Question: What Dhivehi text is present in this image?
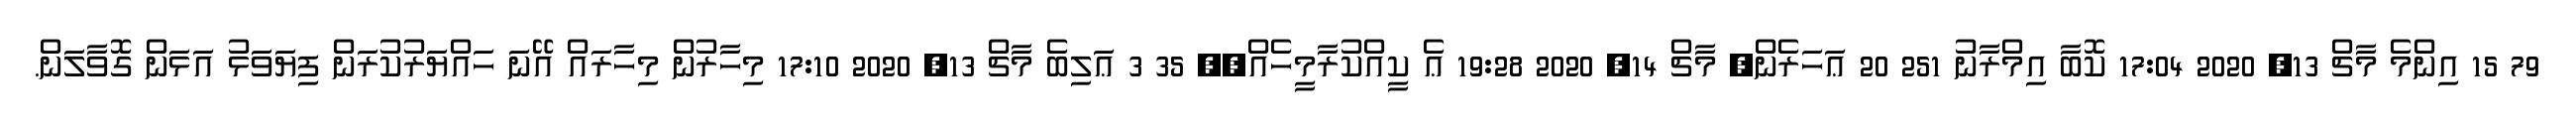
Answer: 79 15 އިންމެ މާޗް 13, 2020 17:04 ކޮބާ އިމްރާނު 251 20 ޢަހަރެން? މާޗް 14, 2020 19:28 ޢެ ކީއްކުރާމީހެއް?? 35 3 ޢަލިބެ މާޗް 13, 2020 17:10 މިހާރުން މިހާރައް އޭނަ ހައްޔަރުކުރަން ފިޔަވަޅު އަޅަން ގޮވާލަން.